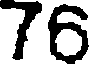
76